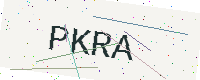
Text: PKRA